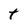
Character: t